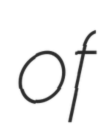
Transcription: of